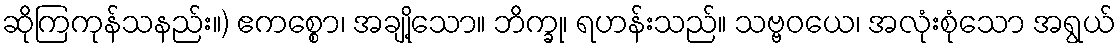
ဆိုကြကုန်သနည်း။) ဧကစ္စော၊ အချို့သော။ ဘိက္ခု၊ ရဟန်းသည်။ သဗ္ဗဝယေ၊ အလုံးစုံသော အရွယ်